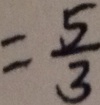
= \frac { 5 } { 3 }